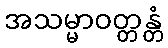
အသမ္မာဝတ္တန္တံ